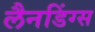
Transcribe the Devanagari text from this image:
लैनडिंग्स